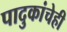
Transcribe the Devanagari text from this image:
पादुकांचेही